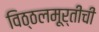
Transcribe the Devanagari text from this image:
विठ्ठलमूर्तीची